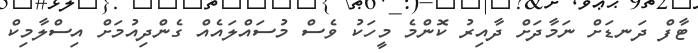
ޓާފް ދަނޑަށް ނަމާދަށް ދާއިރު ކޮންމެ މީހަކު ވެސް މުސައްލައެއް ގެންދިއުމަށް އިސްލާމިކް